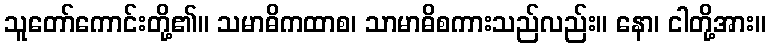
သူတော်ကောင်းတို့၏။ သမာဓိကထာစ၊ သာမာဓိစကားသည်လည်း။ နော၊ ငါတို့အား။